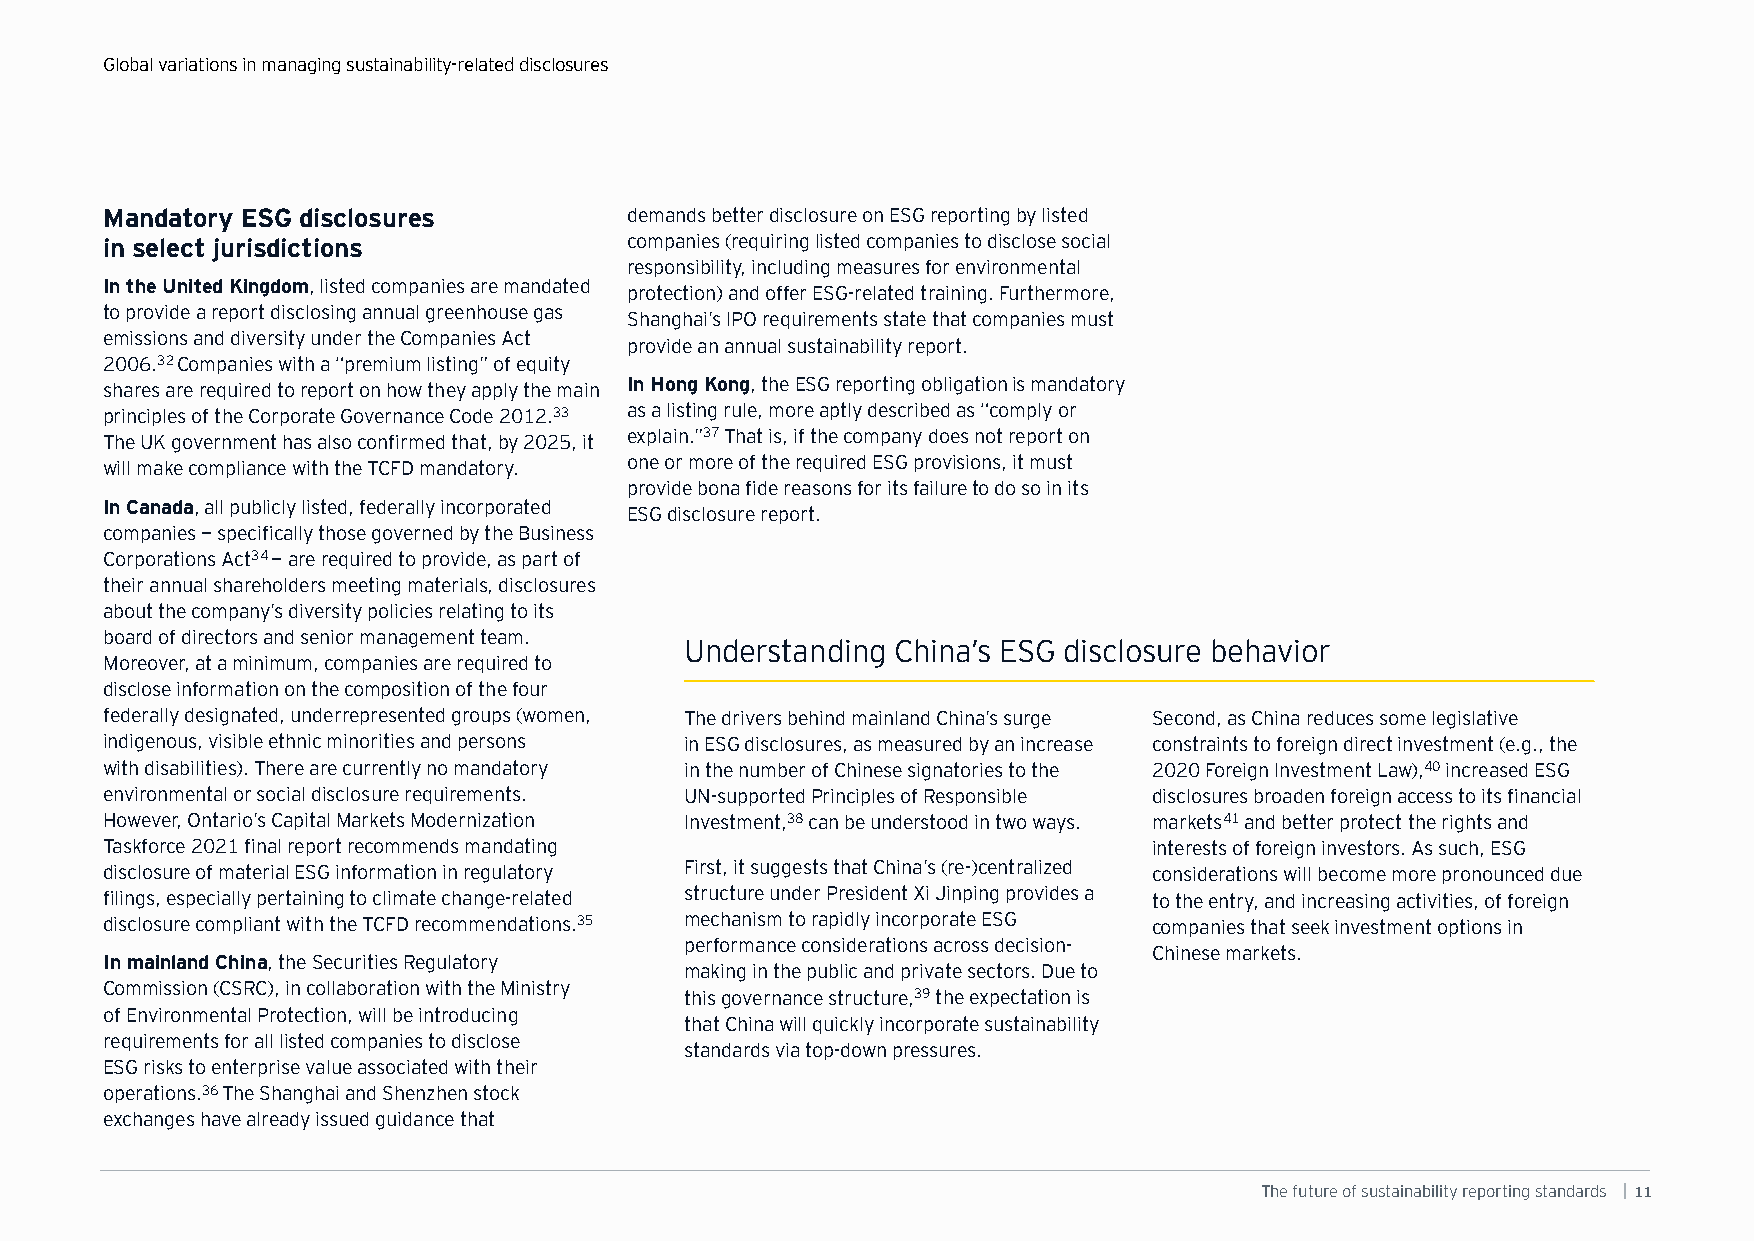
Global variations in managing sustainability-related disclosures
 Mandatory ESG disclosures          demands better disclosure on ESG reporting by listed
 in select jurisdictions            companies (requiring listed companies to disclose social
 responsibility, including measures for environmental
 In the United Kingdom, listed companies are mandated
 protection) and offer ESG-related training. Furthermore,
 to provide a report disclosing annual greenhouse gas
 Shanghai’s IPO requirements state that companies must
 emissions and diversity under the Companies Act
 provide an annual sustainability report.
 2006.32 Companies with a “premium listing” of equity
 shares are required to report on how they apply the main In Hong Kong, the ESG reporting obligation is mandatory
 principles of the Corporate Governance Code 2012.33 as a listing rule, more aptly described as “comply or
 The UK government has also confirmed that, by 2025, it explain.”37 That is, if the company does not report on
 will make compliance with the TCFD mandatory. one or more of the required ESG provisions, it must
 provide bona fide reasons for its failure to do so in its
 In Canada, all publicly listed, federally incorporated
 ESG disclosure report.
 companies — specifically those governed by the Business
 Corporations Act34 — are required to provide, as part of
 their annual shareholders meeting materials, disclosures
 about the company’s diversity policies relating to its
 board of directors and senior management team.
 Understanding China’s ESG disclosure behavior
 Moreover, at a minimum, companies are required to
 disclose information on the composition of the four
 federally designated, underrepresented groups (women, The drivers behind mainland China’s surge Second, as China reduces some legislative
 indigenous, visible ethnic minorities and persons in ESG disclosures, as measured by an increase constraints to foreign direct investment (e.g., the
 with disabilities). There are currently no mandatory in the number of Chinese signatories to the 2020 Foreign Investment Law),40 increased ESG
 environmental or social disclosure requirements. UN-supported Principles of Responsible disclosures broaden foreign access to its financial
 However, Ontario’s Capital Markets Modernization Investment,38 can be understood in two ways. markets41 and better protect the rights and
 Taskforce 2021 final report recommends mandating                     interests of foreign investors. As such, ESG
 disclosure of material ESG information in regulatory First, it suggests that China’s (re-)centralized considerations will become more pronounced due
 filings, especially pertaining to climate change-related structure under President Xi Jinping provides a to the entry, and increasing activities, of foreign
 disclosure compliant with the TCFD recommendations.35 mechanism to rapidly incorporate ESG companies that seek investment options in
 performance considerations across decision-
 Chinese markets.
 In mainland China, the Securities Regulatory
 making in the public and private sectors. Due to
 Commission (CSRC), in collaboration with the Ministry
 this governance structure,39 the expectation is
 of Environmental Protection, will be introducing
 that China will quickly incorporate sustainability
 requirements for all listed companies to disclose
 standards via top-down pressures.
 ESG risks to enterprise value associated with their
 operations.36 The Shanghai and Shenzhen stock
 exchanges have already issued guidance that
 The future of sustainability reporting standards | 11